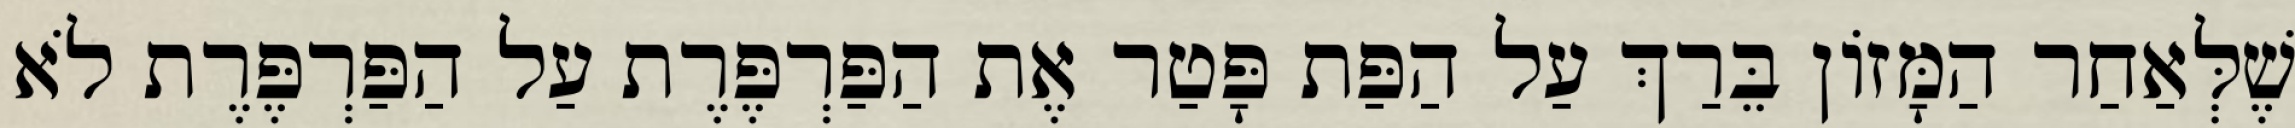
שֶׁלְּאַחַר הַמָּזוֹן בֵּרַךְ עַל הַפַּת פָּטַר אֶת הַפַּרְפֶּרֶת עַל הַפַּרְפֶּרֶת לֹא